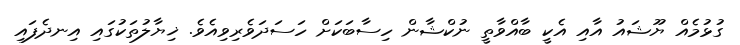
ގުޅުމެއް ޔޫޝައު އާއި އެކީ ބާއްވާތީ ނުކްޝާން ހިސާބަކަށް ހަސަދަވެރިވިއެވެ. ޚިޔާލުތަކުގައިި އިނދެފައި